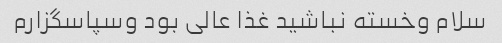
سلام وخسته نباشید غذا عالی بود وسپاسگزارم